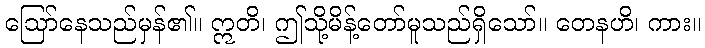
ဩော်နေသည်မှန်၏။ ဣတိ၊ ဤသို့မိန့်တော်မူသည်ရှိသော်။ တေနဟိ၊ ကား။